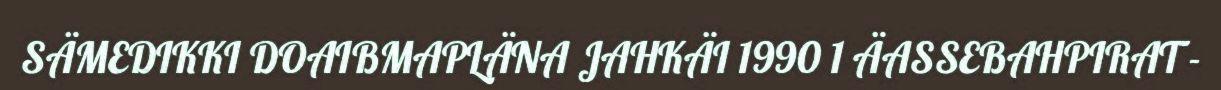
SÄMEDIKKI DOAIBMAPLÄNA JAHKÄI 1990 1 ÄASSEBAHPIRAT -